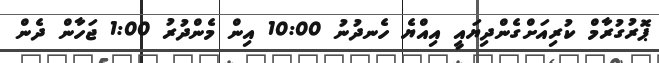
ޕޮރުގުރާމް ކުރިއަށްގެންދިޔައީ އިއްޔެ ހެނދުނު 10:00 އިން މެންދުރު 1:00 ޖަހާން ދެން